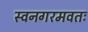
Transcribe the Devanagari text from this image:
स्वनगरमवतः